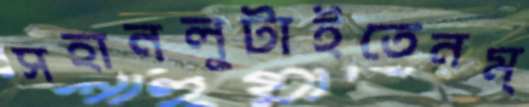
সহানলুটাইতেনম্